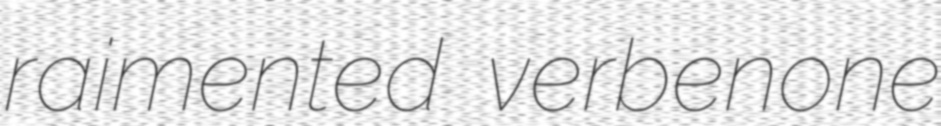
raimented verbenone